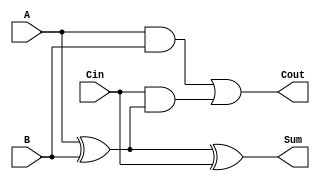
module full_adder (
    input wire A,
    input wire B,
    input wire Cin,
    output wire Sum,
    output wire Cout
);
    assign Sum = A ^ B ^ Cin;          // Sum calculation
    assign Cout = (A & B) | (Cin & (A ^ B)); // Carry out calculation
endmodule